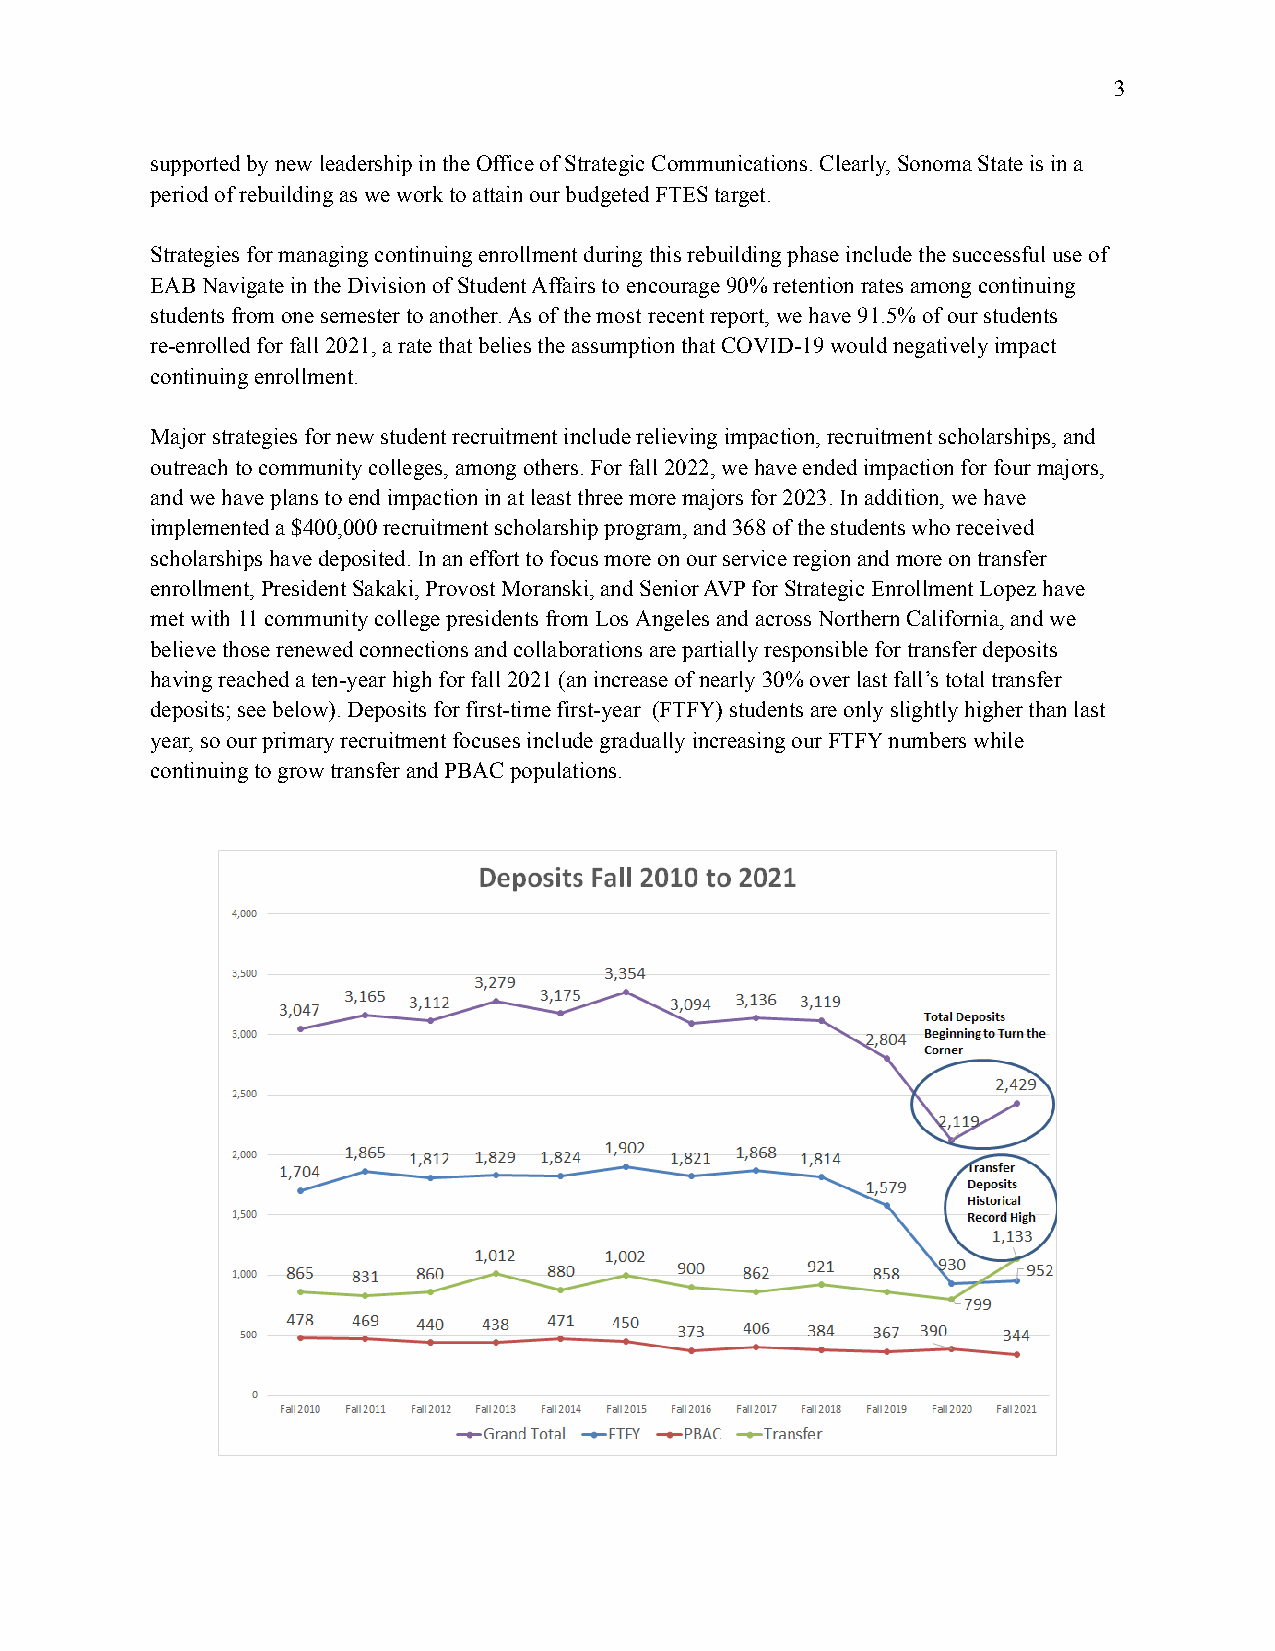
3
 supported by new leadership in the Office of Strategic Communications. Clearly, Sonoma State is in a
 period of rebuilding as we work to attain our budgetedFTES target.
 Strategies for managing continuing enrollment duringthis rebuilding phase include the successful useof
 EAB Navigate in the Division of Student Affairs to encourage 90% retention rates among continuing
 students from one semester to another. As of the most recent report, we have 91.5% of our students
 re-enrolled for fall 2021, a rate that belies theassumption that COVID-19 would negatively impact
 continuing enrollment.
 Major strategies for new student recruitment includerelieving impaction, recruitment scholarships, and
 outreach to community colleges, among others. Forfall 2022, we have ended impaction for four majors,
 and we have plans to end impaction in at least threemore majors for 2023. In addition, we have
 implemented a $400,000 recruitment scholarship program,and 368 of the students who received
 scholarships have deposited. In an effort to focusmore on our service region and more on transfer
 enrollment, President Sakaki, Provost Moranski, andSenior AVP for Strategic Enrollment Lopez have
 met with 11 community college presidents from LosAngeles and across Northern California, and we
 believe those renewed connections and collaborationsare partially responsible for transfer deposits
 having reached a ten-year high for fall 2021 (an increaseof nearly 30% over last fall’s total transfer
 deposits; see below). Deposits for first-time first-year (FTFY) students are only slightly higher than last
 year, so our primary recruitment focuses include graduallyincreasing our FTFY numbers while
 continuing to grow transfer and PBAC populations.